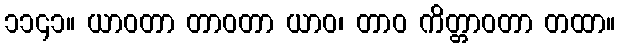
၁၁၄၁။ ယာဝတာ တာဝတာ ယာဝ၊ တာဝ ကိတ္တာဝတာ တထာ။